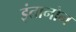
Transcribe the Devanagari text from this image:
इंतानोन